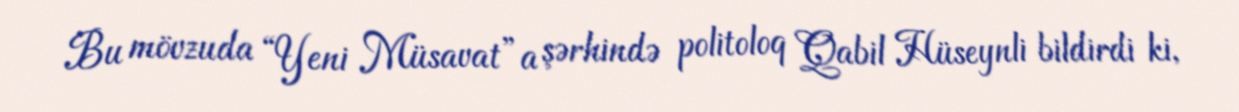
Bu mövzuda “Yeni Müsavat”a şərhində politoloq Qabil Hüseynli bildirdi ki,